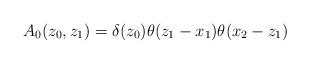
LaTeX: \begin{align*}A_{0}(z_{0},z_{1}) = \delta(z_{0}) \theta(z_{1}-x_{1}) \theta(x_{2}-z_{1})\end{align*}